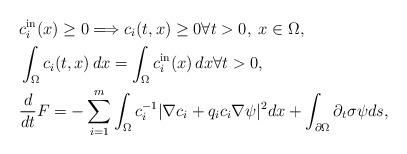
LaTeX: \begin{align*}& c_i^{\rm in}(x) \geq 0 \Longrightarrow c_i(t, x) \geq 0 \forall t>0, \; x\in \Omega,\\& \int_{\Omega} c_i(t,x)\,dx=\int_{\Omega} c_i^{\rm in}(x)\,dx \forall t>0,\\& \frac{d}{dt} F = -\sum_{i=1}^m \int_{\Omega} c_i^{-1}|\nabla c_i +q_ic_i \nabla \psi|^2 dx +\int_{\partial \Omega} \partial_t \sigma \psi ds,\end{align*}